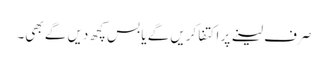
صرف لینے پر اکتفا کریں گے یا بس کچھ دیں گے بھی۔